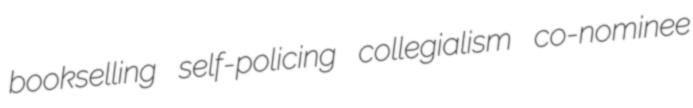
bookselling self-policing collegialism co-nominee